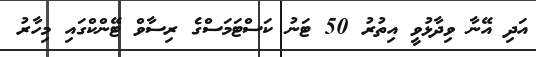
އަދި އޭނާ ވިދާޅުވީ އިތުރު 50 ޓަނު ކަސްޓަމަސްގެ ރިސާވް ޓޭންކްގައި މިހާރު